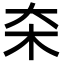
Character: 㚓